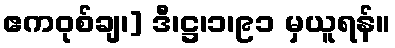
ဧကဝုစ်ချ၊] ဒီ၊ဋ္ဌ၊၁၊၉၁ မှယူရန်။